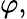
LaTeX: \varphi,